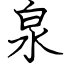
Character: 泉